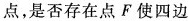
点，是否存在点F使四边